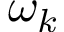
\omega _ { k }